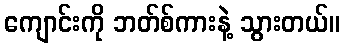
ကျောင်းကို ဘတ်စ်ကားနဲ့ သွားတယ်။